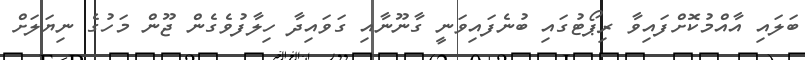
ބަލައި އާއްމުކޮށްފައިވާ ރިޕޯޓުގައި ބުނެފައިވަނީ ގާނޫނާއި ގަވައިދާ ހިލާފުވެގެން ޖޫން މަހުގެ ނިޔަލަށް